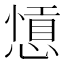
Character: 𢠕